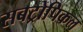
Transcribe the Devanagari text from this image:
सबट्रोपिकल